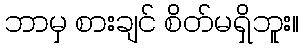
ဘာမှ စားချင် စိတ်မရှိဘူး။